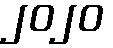
၂၀၂၀